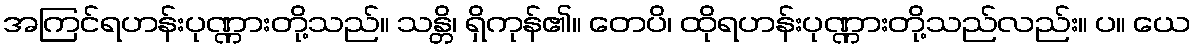
အကြင်ရဟန်းပုဏ္ဏားတို့သည်။ သန္တိ၊ ရှိကုန်၏။ တေပိ၊ ထိုရဟန်းပုဏ္ဏားတို့သည်လည်း။ ပ။ ယေ